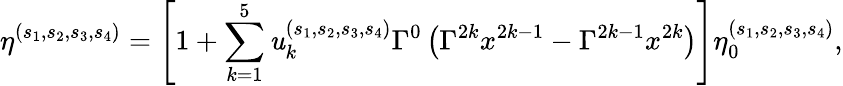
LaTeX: \eta^{(s_{1},s_{2},s_{3},s_{4})}=\left[1+\sum_{k=1}^{5}\mathit{u}_{k}^{(s_{1},s_{2},s_{3},s_{4})}\Gamma^{0}\left(\Gamma^{2k}x^{2k-1}-\Gamma^{2k-1}x^{2k}\right)\right]\eta_{0}^{(s_{1},s_{2},s_{3},s_{4})},